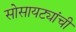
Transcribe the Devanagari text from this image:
सोसायट्यांची